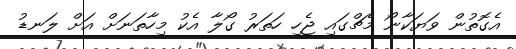
އެގޮތުން ވަޔަކާނޯ މެޗްގައި ޖެހި ހަތަރު ގޯލާ އެކު މިހާތަނަށް އަށް ލަނޑު